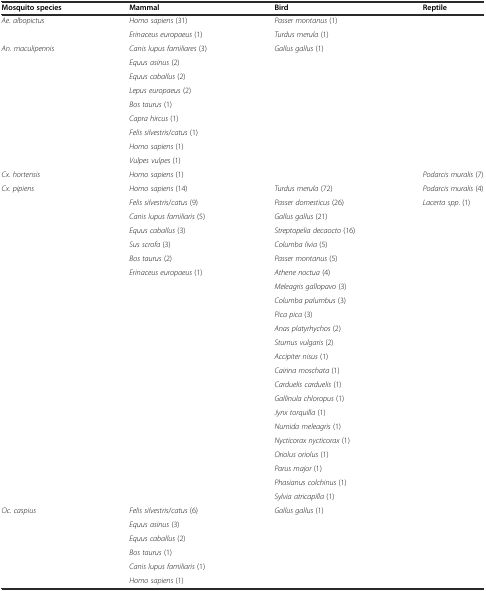
<table><thead><tr><td><b>Mosquito species</b></td><td><b>Mammal</b></td><td><b>Bird</b></td><td><b>Reptile</b></td></tr></thead><tbody><tr><td><i>Ae. albopictus</i></td><td><i>Homo sapiens</i> (31)</td><td><i>Passer montanus</i> (1)</td><td></td></tr><tr><td></td><td><i>Erinaceus europaeus</i> (1)</td><td><i>Turdus merula</i> (1)</td><td></td></tr><tr><td><i>An. maculipennis</i></td><td><i>Canis lupus familiares</i> (3)</td><td><i>Gallus gallus</i> (1)</td><td></td></tr><tr><td></td><td><i>Equus asinus</i> (2)</td><td></td><td></td></tr><tr><td></td><td><i>Equus caballus</i> (2)</td><td></td><td></td></tr><tr><td></td><td><i>Lepus europaeus</i> (2)</td><td></td><td></td></tr><tr><td></td><td><i>Bos taurus</i> (1)</td><td></td><td></td></tr><tr><td></td><td><i>Capra hircus</i> (1)</td><td></td><td></td></tr><tr><td></td><td><i>Felis silvestris</i>/<i>catus</i> (1)</td><td></td><td></td></tr><tr><td></td><td><i>Homo sapiens</i> (1)</td><td></td><td></td></tr><tr><td></td><td><i>Vulpes vulpes</i> (1)</td><td></td><td></td></tr><tr><td><i>Cx. hortensis</i></td><td><i>Homo sapiens</i> (1)</td><td></td><td><i>Podarcis muralis</i> (7)</td></tr><tr><td><i>Cx. pipiens</i></td><td><i>Homo sapiens</i> (14)</td><td><i>Turdus merula</i> (72)</td><td><i>Podarcis muralis</i> (4)</td></tr><tr><td></td><td><i>Felis silvestris</i>/<i>catus</i> (9)</td><td><i>Passer domesticus</i> (26)</td><td><i>Lacerta spp</i>. (1)</td></tr><tr><td></td><td><i>Canis lupus familiaris</i> (5)</td><td><i>Gallus gallus</i> (21)</td><td></td></tr><tr><td></td><td><i>Equus caballus</i> (3)</td><td><i>Streptopelia decaocto</i> (16)</td><td></td></tr><tr><td></td><td><i>Sus scrofa</i> (3)</td><td><i>Columba livia</i> (5)</td><td></td></tr><tr><td></td><td><i>Bos taurus</i> (2)</td><td><i>Passer montanus</i> (5)</td><td></td></tr><tr><td></td><td><i>Erinaceus europaeus</i> (1)</td><td><i>Athene noctua</i> (4)</td><td></td></tr><tr><td></td><td></td><td><i>Meleagris gallopavo</i> (3)</td><td></td></tr><tr><td></td><td></td><td><i>Columba palumbus</i> (3)</td><td></td></tr><tr><td></td><td></td><td><i>Pica pica</i> (3)</td><td></td></tr><tr><td></td><td></td><td><i>Anas platyrhychos</i> (2)</td><td></td></tr><tr><td></td><td></td><td><i>Sturnus vulgaris</i> (2)</td><td></td></tr><tr><td></td><td></td><td><i>Accipiter nisus</i> (1)</td><td></td></tr><tr><td></td><td></td><td><i>Cairina moschata</i> (1)</td><td></td></tr><tr><td></td><td></td><td><i>Carduelis carduelis</i> (1)</td><td></td></tr><tr><td></td><td></td><td><i>Gallinula chloropus</i> (1)</td><td></td></tr><tr><td></td><td></td><td><i>Jynx torquilla</i> (1)</td><td></td></tr><tr><td></td><td></td><td><i>Numida meleagris</i> (1)</td><td></td></tr><tr><td></td><td></td><td><i>Nycticorax nycticorax</i> (1)</td><td></td></tr><tr><td></td><td></td><td><i>Oriolus oriolus</i> (1)</td><td></td></tr><tr><td></td><td></td><td><i>Parus major</i> (1)</td><td></td></tr><tr><td></td><td></td><td><i>Phasianus colchinus</i> (1)</td><td></td></tr><tr><td></td><td></td><td><i>Sylvia atricapilla</i> (1)</td><td></td></tr><tr><td><i>Oc. caspius</i></td><td><i>Felis silvestris</i>/<i>catus</i> (6)</td><td><i>Gallus gallus</i> (1)</td><td></td></tr><tr><td></td><td><i>Equus asinus</i> (3)</td><td></td><td></td></tr><tr><td></td><td><i>Equus caballus</i> (2)</td><td></td><td></td></tr><tr><td></td><td><i>Bos taurus</i> (1)</td><td></td><td></td></tr><tr><td></td><td><i>Canis lupus familiaris</i> (1)</td><td></td><td></td></tr><tr><td></td><td><i>Homo sapiens</i> (1)</td><td></td><td></td></tr></tbody></table>